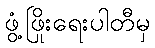
ဖွံ့ဖြိုးရေးပါတီမှ